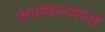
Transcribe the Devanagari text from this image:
अक्करमासे